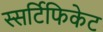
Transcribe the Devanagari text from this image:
स्सर्टिफिकेट